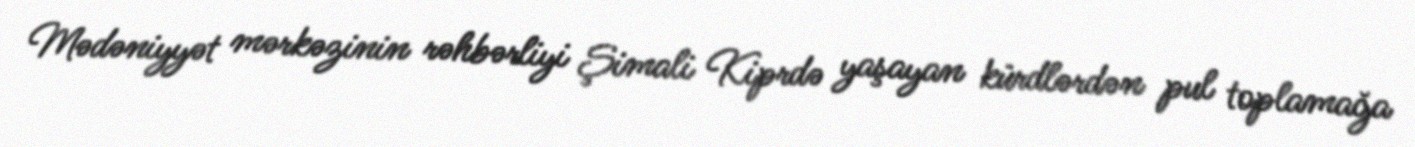
Mədəniyyət mərkəzinin rəhbərliyi Şimali Kiprdə yaşayan kürdlərdən pul toplamağa